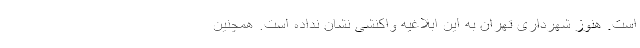
است. هنوز شهرداری تهران به این ابلاغیه واکنشی نشان نداده است. همچنین